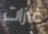
غازات